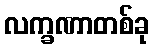
လက္ခဏာတစ်ခု